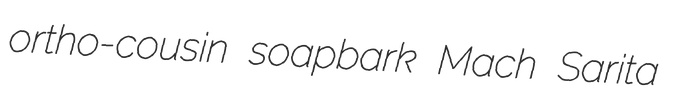
ortho-cousin soapbark Mach Sarita